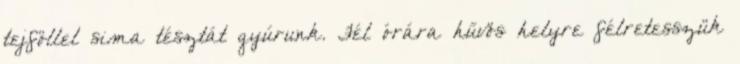
tejföllel sima tésztát gyúrunk. Fél órára hűvös helyre félretesszük